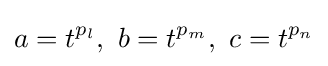
a=t^{p_{l}},\ b=t^{p_{m}},\ c=t^{p_{n}}